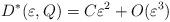
LaTeX: \begin{align*}D^*(\varepsilon, Q) = C \varepsilon^2 + O(\varepsilon^3)\end{align*}